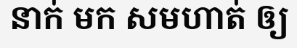
នាក់ មក សមហាត់ ឲ្យ